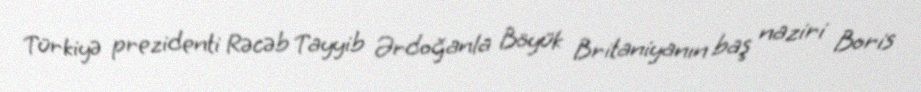
Türkiyə prezidenti Rəcəb Tayyib Ərdoğanla Böyük Britaniyanın baş naziri Boris